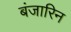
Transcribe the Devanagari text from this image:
बंजारिन